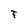
Character: F